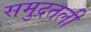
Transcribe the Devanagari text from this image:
समुद्रतली